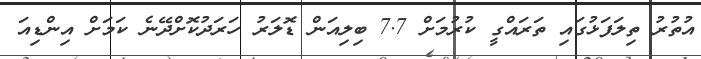
އުތުރު ތިލަފަޅުގައި ތަރައްގީ ކުރުމަށް 7.7 ބިލިއަން ޑޮލަރު ހަރަދުކޮށްދޭނެ ކަމަށް އިންޑިއަ